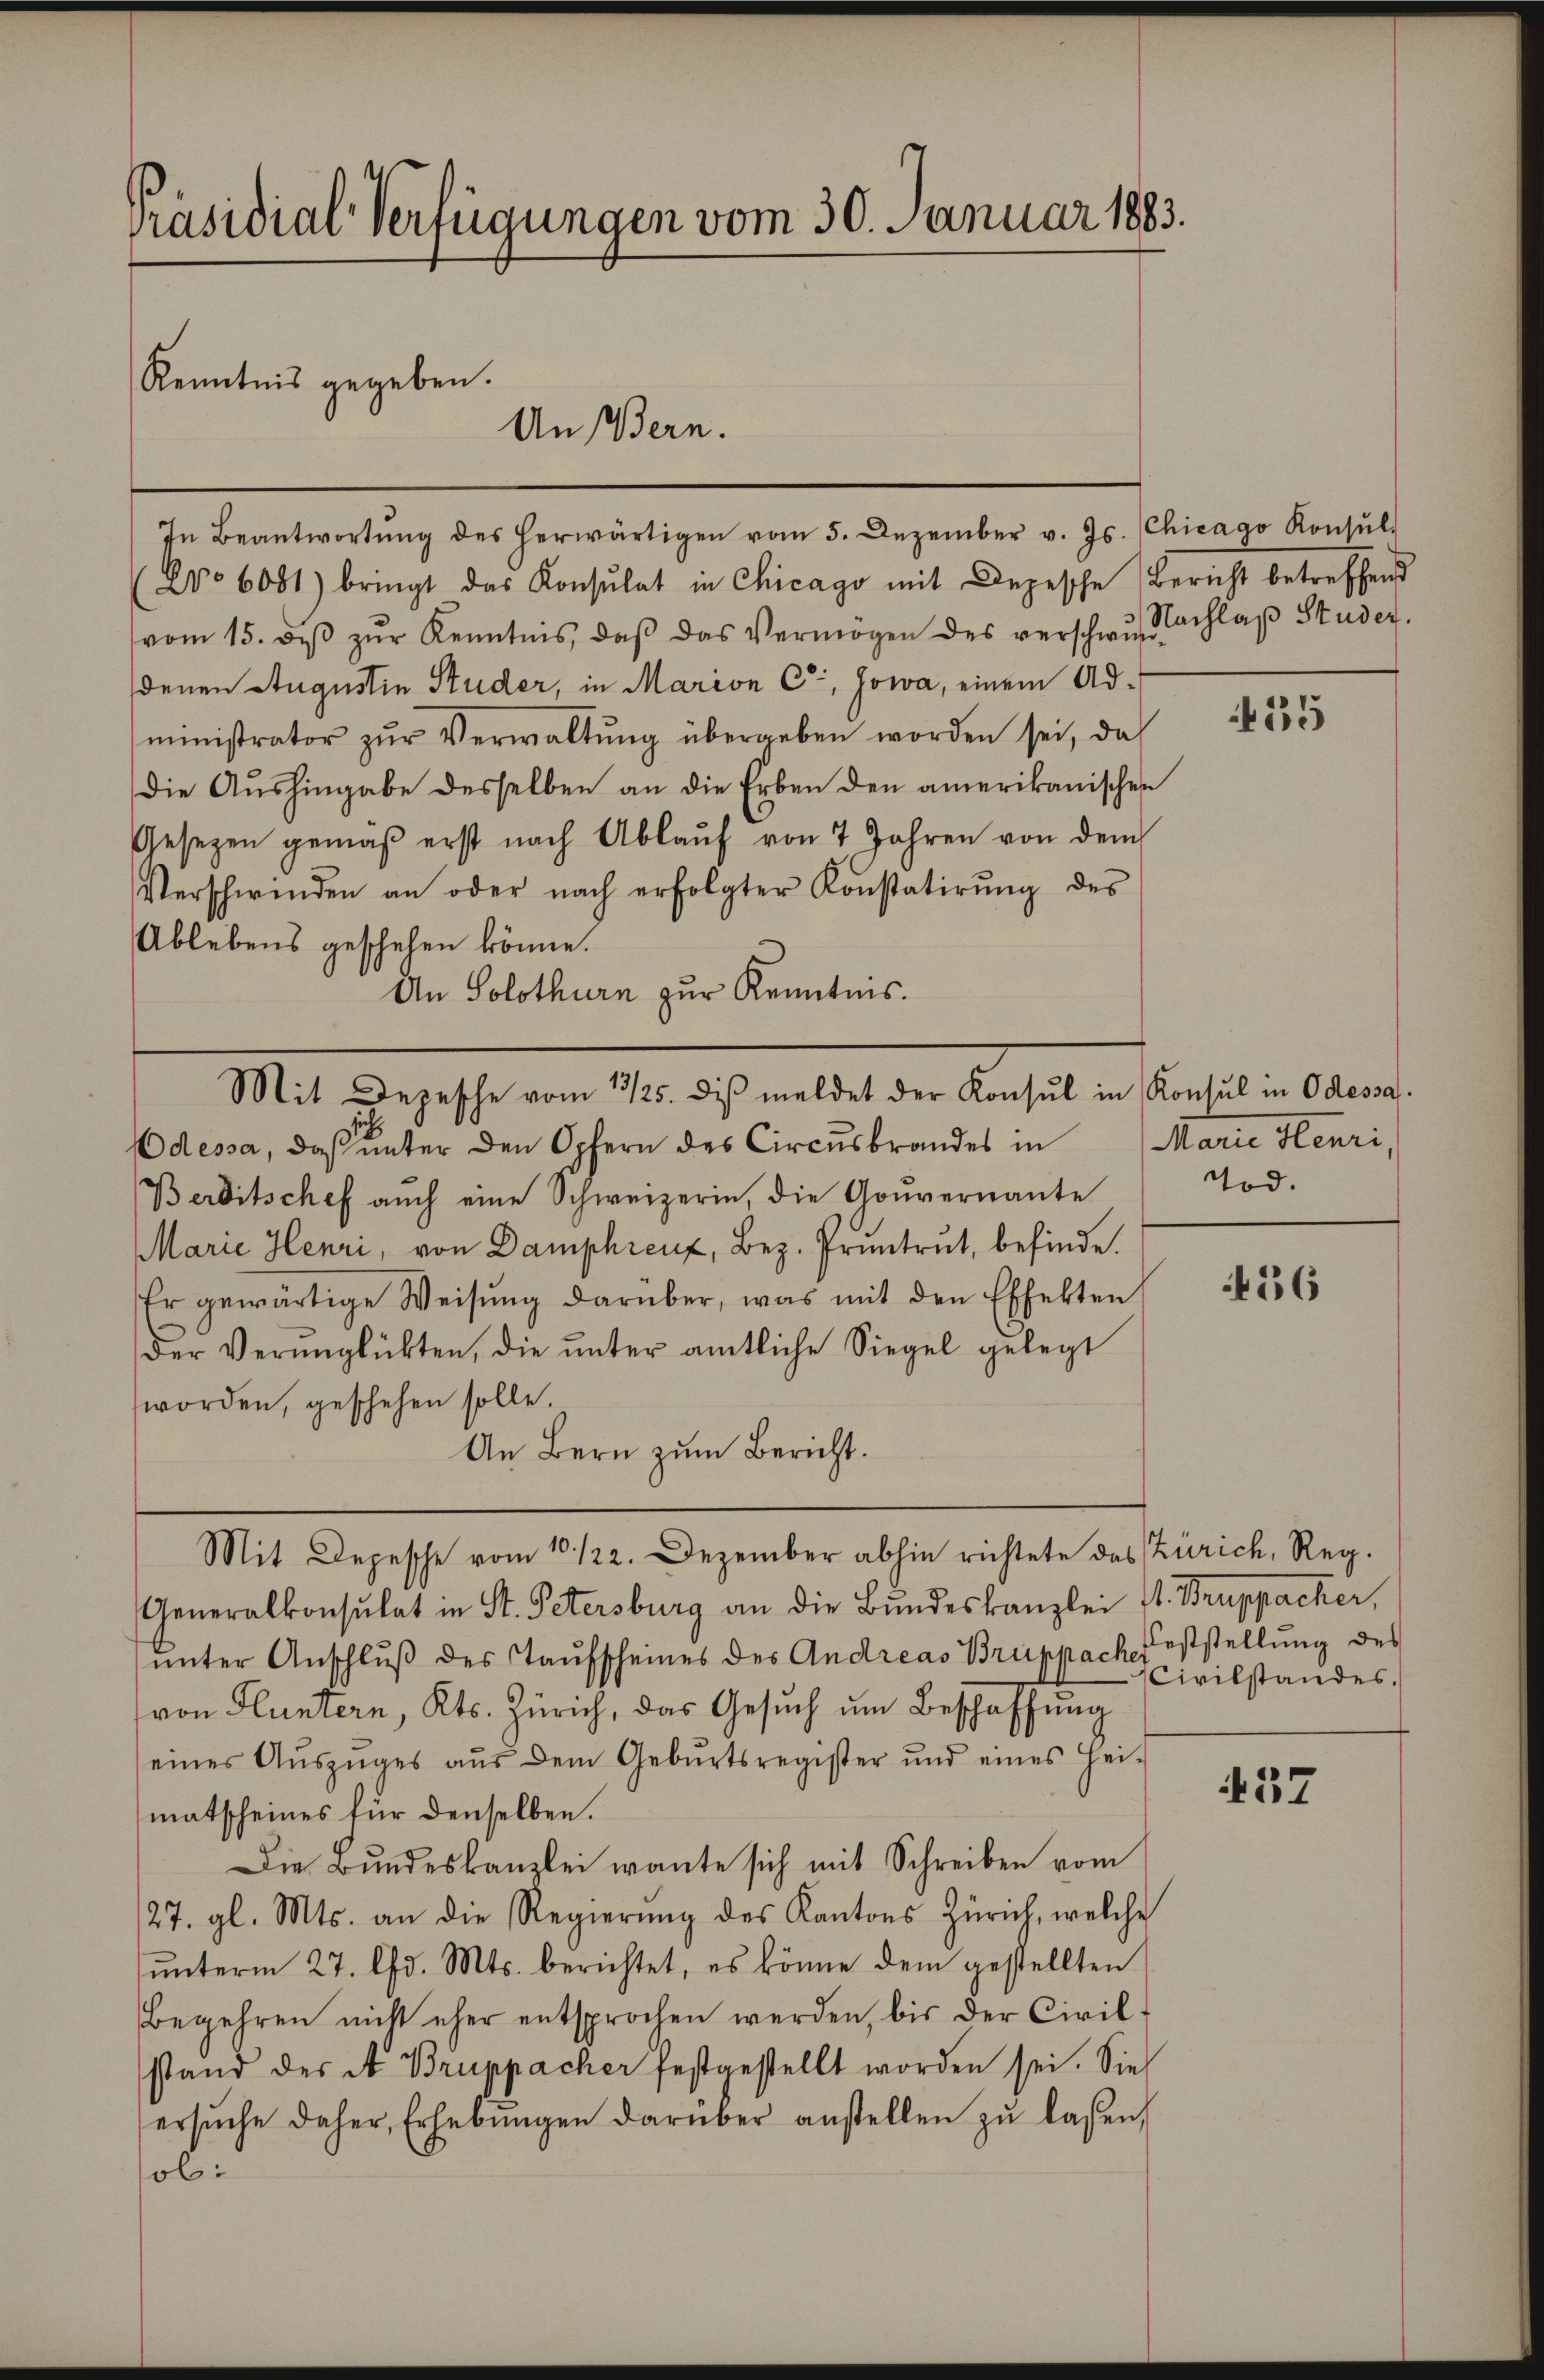
Präsidial-Verfügungen vom 30. Januar 1883.

Kenntnis gegeben.

In Beantwortŭng des herwärtigen vom 5. Dezember v. Js. (Chicago Konsŭl
No 6081) bringt das Konsulat in Chicago mit Depesche Bericht betreffend
vom 15. dβ zŭr Kenntnis, daβ das Vermögen des verschwer Nachlaβ Studer.
denen Augustin Studer, in Marian C, Jowa, einem Administrator zŭr Verwaltŭng übergeben worden sei, da
die Aŭshingabe desselben an die Erben den amerikanischen
Gesezen gemäβ erst nach Ablaŭf von 7 Jahren von dem
Verschwinden an oder nach erfolgter Konstatirŭng des
Ablebens geschehen könne.
An Solothurn zur Kenntnis.

Mit Depesche vom 13/25. diβ meldet der Konsul in Konsul in Odessa.

An Bern.

Odessa, daß unter den Opfern des Circusbrandes in
Berditschef auch eine Schweizerin, die Gouvernante
Marie Henri, von Damphreuz, Bez. Pruntrut, befinde.
Er gewärtige Weisung darüber, was mit den Effekten
der Verunglükten, die ŭnter amtliche Siegel gelegt
worden, geschehen solle.
An Bern zum Bericht.
Generalkonsulat in St. Petersburg an die Bŭndeskanzlei fl. Bruppacher,
ŭnter Anschlŭβ des Taufscheines des Andreas Bruppach Feststellung des
von Fluntern, Kts. Zürich, das Gesŭch ŭm Beschaffŭng
seines Aŭszŭges aŭs dem Gebŭrtsregister und eines Hei-
matscheines für denselben.
Die Bŭndeskanzlei wante sich mit Schreiben vom
127. gl. Mts. an die Regierŭng des Kantons Zürich, welche
ŭnterm 27. lfd. Mts. berichtet, es könne dem gestellten
Begehren nicht eher entsprochen werden, bis der Civil-
stand des N. Bruppacher festgestellt worden sei. Sie
ersŭche daher Erhebŭngen darüber anstellen zŭ lassen,
sol.

Mit Depesche vom 10. 122. Dezember abhin richtete das Zürich, Reg.

135

Marie Henri
Tod.

456

Civilstandes.

57